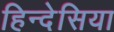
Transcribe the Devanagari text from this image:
हिन्देसिया